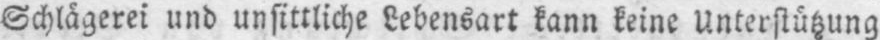
Schlägerei und unsittliche Lebensart kann keine Unterstützung